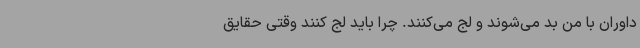
داوران با من بد می‌شوند و لج می‌کنند. چرا باید لج کنند وقتی حقایق